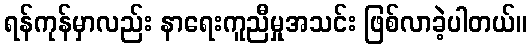
ရန်ကုန်မှာလည်း နာရေးကူညီမှုအသင်း ဖြစ်လာခဲ့ပါတယ်။